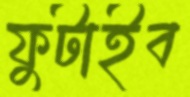
ফুটাইব